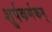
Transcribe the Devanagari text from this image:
शूर्पकर्णकम्